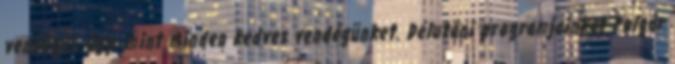
vendégül, úgy, mint minden kedves vendégünket. Délutáni programjainkat Polgár